Vaccination in Bombay 1874-1876 - 1874-1876
Year: 1874
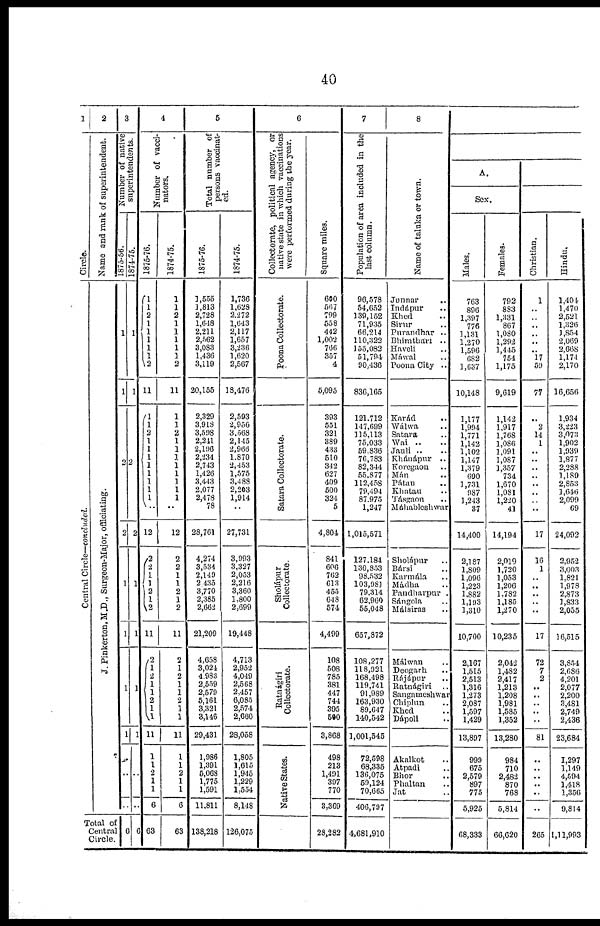
40
1
Circle.
Central Circle—concluded.
2
Name and rank of superintendent.
J.Pinkerton, M.D., Surgeon-Major, officiating.
Total of
Central
Circle.
3
Number of native
superintendents.
1875-56.
1
1
2
2
1
1
1
1
..
..
6
1874-75.
1
1
2
2
1
1
1
1
..
..
6
4
Number of vacci-
nators.
1875-76.
1
1
2
1
1
1
1
1
2
11
1
1
2
1
1 1
1
1
1
1
1
..
12
2
2
1
1
2
1
2
11
2
1
2
1
1
2
1 1
11
1
1
2
1
1
6
63
1874-75.
1
1
2
1
1
1
1
1
2
11
1
1
2
1
1
1
1
1
1
1
1
..
12
2
2
1
1
2
1
2
11
2
1
2
1
1
2
1
1
11
1
1
2
1
1
6
63
5
Total number of
persons vaccinat-
ed.
1875-76.
1,555
1,813
2,728
1,648
2,211
2,562
3,083
1,436
3,119
20,155
2,329
3,918
3,598
2,241
2,196
2,234
2,743
1,426
3,443
2,077
2,478
78
28,761
4,274
3,534
2,149
2,435
3,770
2,385
2,662
21,209
4,658
3,024
4,983
2,559
2,579
5,161
3,321
3,146
29,431
1,986
1,391
5,068
1,775
1,591
11,811
138,218
1874-75.
1,736
1,628
2,272
1,643
2,117
1,657
3,236
1,620
2,567
18,476
2,593
2,956
3,568
2,145
2,966
1,870
2,453
1,575
3,488
2,263
1,914
..
27,731
3,993
3,327
2,053
2,216
3,360
1,800
2,699
19,448
4,713
2,952
4,049
2,568
2,457
6,085
2,574
2,660
28,058
1,805
1,615
1,945
1,229
1,554
8,148
126,075
6
Collectorate, political agency, or
native state in which vaccinations
were performed during the year.
Poona Collectorate.
Satara Collectorate.
Sholápur
Collectorate.
Ratnágiri
Collectorate.
Native States.
Square miles.
600
567
799
558
442
1,002
766
357
4
5,095
393
551
321
389
433
510
342
627
409
500
324
5
4,804
841
606
762
613
455
648
574
4,499
108
508
785
381
447
744
395
590
3,868
498
213
1,491
397
770
3,369
28,282
7
Population of area included in the
last column.
96,578
54,652
139,152
71,935
66,214
110,322
155,082
51,794
90,436
836,165
121,712
147,699
115,113
75,033
59,836
76,783
82,344
55,877
112,458
79,494
87,975
1,247
1,015,571
127,184
130,853
98,532
103,981
79,314
62,960
55,048
657,872
108,277
118,921
168,498
119,741
91,989
163,930
89,647
140,542
1,001,545
72,598
68,335
136,075
59,124
70,665
406,797
4,681,910
8
Name of taluka or town.
Junnar ..
Indápur ..
Khed ..
Sirur ..
Purandhar ..
Bhimthari ..
Haveli ..
Máwal ..
Poona City ..
Karád ..
Wálwa ..
Satara ..
Wai ..
Jauli ..
Khánápur ..
Koregaon ..
Mán ..
Pátan ..
Khatau ..
Tásgaon ..
Máhableshwar
Sholápur ..
Bársi ..
Karmála ..
Mádha ..
Pandharpur .
Sángola ..
Málsiras ..
Málwan ..
Deogarh ..
Rájápur ..
Ratnágiri ..
Sangameshwar
Chiplun ..
Khed ..
Dápoli ..
Akalkot ..
Atpadi ..
Bhor ..
Phaltan ..
Jat ..
A.
Sex.
Males.
763
896
1,397
776
1,131
1,270
1,596
682
1,637
10,148
1,177
1,994
1,771
1,143
1,102
1,147
1,379
690
1,731
987
1,243
37
14,400
2,187
1,809
1,096
1,223
1,882
1,193
1,310
10,700
2,167
1,515
2,513
1,316
1,273
2,087
1,597
1,429
13,897
999
675
2,579
897
775
5,925
68,333
Females.
792
893
1,331
867
1,080
1,292
1,445
754
1,175
9,619
1,142
1,917
1,768
1,086
1,091
1,087
1,357
734
1,670
1,081
1,220
41
14,194
2,019
1,720
1,053
1,206
1,782
1,185
1,270
10,235
2,042
1,482
2,417
1,213
1,208
1,981
1,585
1,352
13,280
984
710
2,482
870
768
5,814
66,620
Christian.
1
..
..
..
..
..
.. 17
59
77
..
2
14
1
..
..
..
..
..
..
..
..
17
16
1
.. ..
..
..
..
17
72
7
2
..
..
..
..
..
81
..
..
..
.. ..
..
265
Hindu.
1,404
1,470
2,521
1,326
1,854
2,069
2,668
1,174
2,170
16,656
1,934
3,223
3,073
1,902
1,939
1,877
2,288
1,189
2,853
1,646
2,099
69
24,092
2,952
3,003
1,821
1,978
2,873
1,833
2,055
16,515
3,854
2,686
4,201
2,077
2,200
3,481
2,749
2,436
23,684
1,297
1,149
4,594
1,418
1,356
9,814
1,11,993